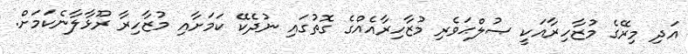
އަދި މިރޭގެ މުޒާހިރާއަކީ ޞުލްޙަވެރި މުޒާހިރާއެއްގެ ގޮތުގައި ނުދެކޭ ކަމަށާއި މުޒާހިރާ ރޫޅާލާނެކަމަށް.